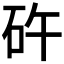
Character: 𥐭